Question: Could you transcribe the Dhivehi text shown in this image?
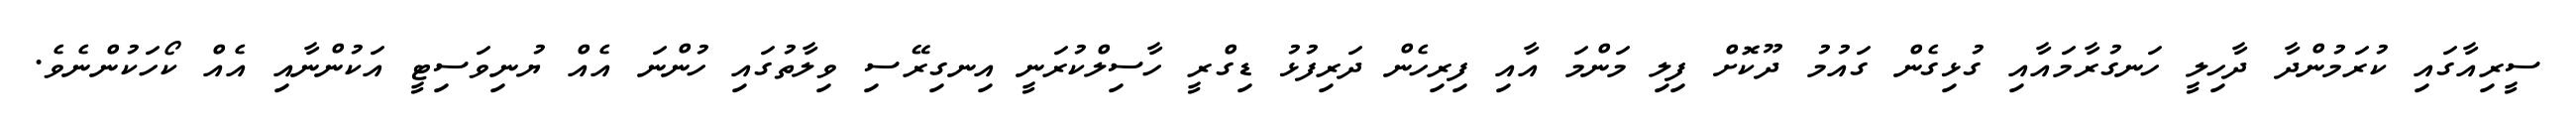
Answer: ސީރިއާގައި ކުރަމުންދާ ދާހިލީ ހަނގުރާމައާއި ގުޅިގެން ގައުމު ދޫކޮށް ފިލި މަންމަ އާއި ފިރިހެން ދަރިފުޅު ޑިގްރީ ހާސިލްކުރަނީ އިނގިރޭސި ވިލާތުގައި ހުންނަ އެއް ޔުނިވަސިޓީ އަކުންނާއި އެއް ކޯހަކުންނެވެ.